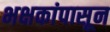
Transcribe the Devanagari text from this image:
भक्षकांपासून